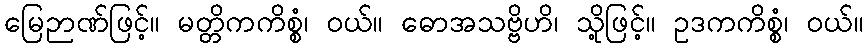
မြေဉာဏ်ဖြင့်။ မတ္တိကကိစ္စံ၊ ဝယ်။ ဓောအသဗ္ဗိဟိ၊ သို့ဖြင့်။ ဥဒကကိစ္စံ၊ ဝယ်။